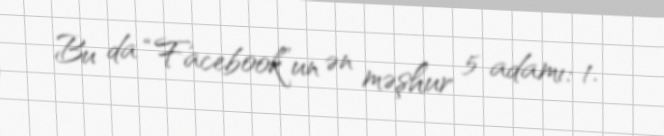
Bu da “Facebook”un ən məşhur 5 adamı: 1.